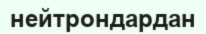
нейтрондардан